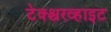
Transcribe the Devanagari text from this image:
टेक्श्चरव्हाइट